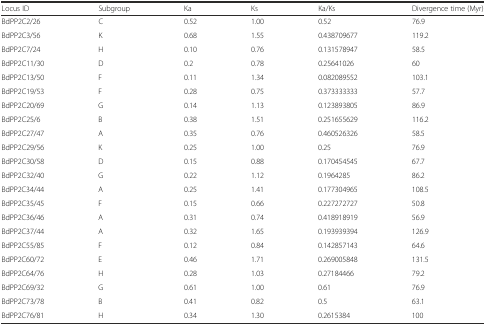
<table><thead><tr><td><b>Locus ID</b></td><td><b>Subgroup</b></td><td><b>Ka</b></td><td><b>Ks</b></td><td><b>Ka/Ks</b></td><td><b>Divergence time (Myr)</b></td></tr></thead><tbody><tr><td>BdPP2C2/26</td><td>C</td><td>0.52</td><td>1.00</td><td>0.52</td><td>76.9</td></tr><tr><td>BdPP2C3/56</td><td>K</td><td>0.68</td><td>1.55</td><td>0.438709677</td><td>119.2</td></tr><tr><td>BdPP2C7/24</td><td>H</td><td>0.10</td><td>0.76</td><td>0.131578947</td><td>58.5</td></tr><tr><td>BdPP2C11/30</td><td>D</td><td>0.2</td><td>0.78</td><td>0.25641026</td><td>60</td></tr><tr><td>BdPP2C13/50</td><td>F</td><td>0.11</td><td>1.34</td><td>0.082089552</td><td>103.1</td></tr><tr><td>BdPP2C19/53</td><td>F</td><td>0.28</td><td>0.75</td><td>0.373333333</td><td>57.7</td></tr><tr><td>BdPP2C20/69</td><td>G</td><td>0.14</td><td>1.13</td><td>0.123893805</td><td>86.9</td></tr><tr><td>BdPP2C25/6</td><td>B</td><td>0.38</td><td>1.51</td><td>0.251655629</td><td>116.2</td></tr><tr><td>BdPP2C27/47</td><td>A</td><td>0.35</td><td>0.76</td><td>0.460526326</td><td>58.5</td></tr><tr><td>BdPP2C29/56</td><td>K</td><td>0.25</td><td>1.00</td><td>0.25</td><td>76.9</td></tr><tr><td>BdPP2C30/58</td><td>D</td><td>0.15</td><td>0.88</td><td>0.170454545</td><td>67.7</td></tr><tr><td>BdPP2C32/40</td><td>G</td><td>0.22</td><td>1.12</td><td>0.1964285</td><td>86.2</td></tr><tr><td>BdPP2C34/44</td><td>A</td><td>0.25</td><td>1.41</td><td>0.177304965</td><td>108.5</td></tr><tr><td>BdPP2C35/45</td><td>F</td><td>0.15</td><td>0.66</td><td>0.227272727</td><td>50.8</td></tr><tr><td>BdPP2C36/46</td><td>A</td><td>0.31</td><td>0.74</td><td>0.418918919</td><td>56.9</td></tr><tr><td>BdPP2C37/44</td><td>A</td><td>0.32</td><td>1.65</td><td>0.193939394</td><td>126.9</td></tr><tr><td>BdPP2C55/85</td><td>F</td><td>0.12</td><td>0.84</td><td>0.142857143</td><td>64.6</td></tr><tr><td>BdPP2C60/72</td><td>E</td><td>0.46</td><td>1.71</td><td>0.269005848</td><td>131.5</td></tr><tr><td>BdPP2C64/76</td><td>H</td><td>0.28</td><td>1.03</td><td>0.27184466</td><td>79.2</td></tr><tr><td>BdPP2C69/32</td><td>G</td><td>0.61</td><td>1.00</td><td>0.61</td><td>76.9</td></tr><tr><td>BdPP2C73/78</td><td>B</td><td>0.41</td><td>0.82</td><td>0.5</td><td>63.1</td></tr><tr><td>BdPP2C76/81</td><td>H</td><td>0.34</td><td>1.30</td><td>0.2615384</td><td>100</td></tr></tbody></table>